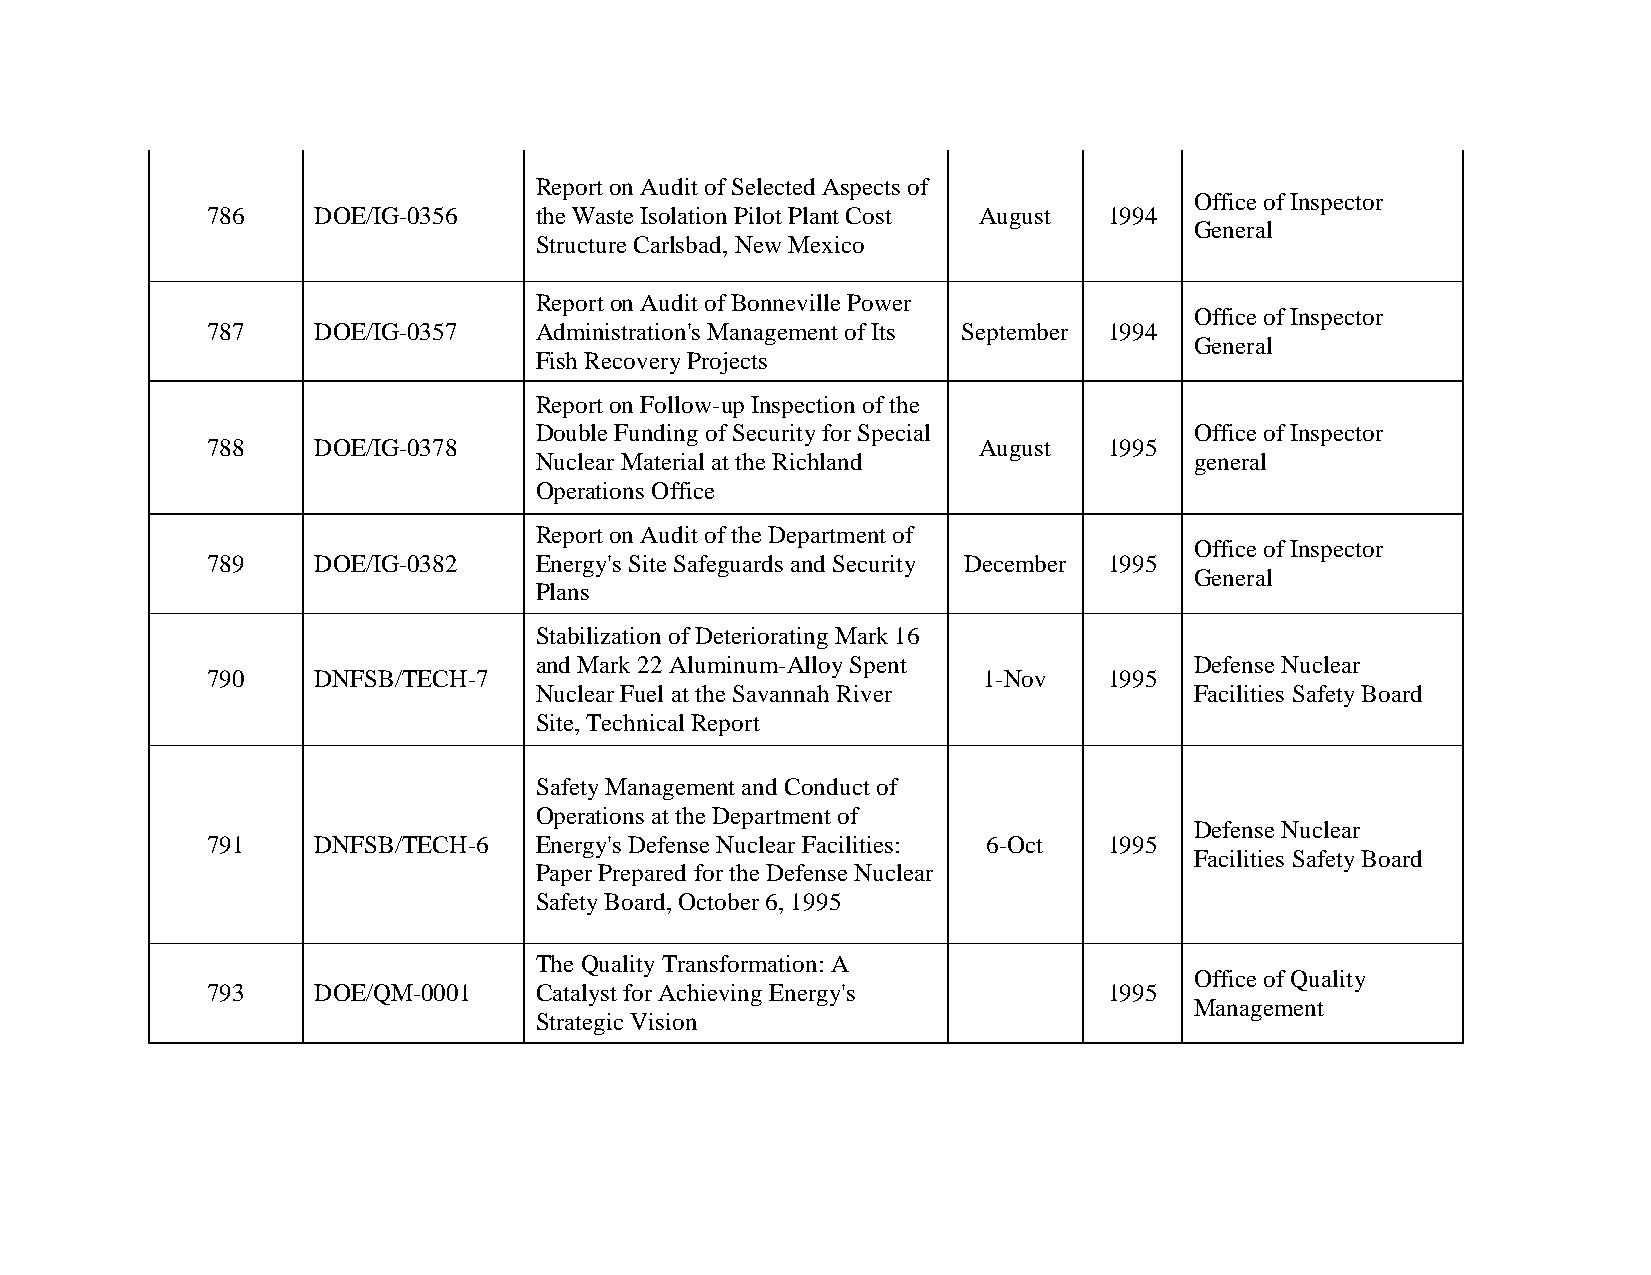
Report on Audit of Selected Aspects of
 Office of Inspector
 786    DOE/IG-0356   the Waste Isolation Pilot Plant Cost August 1994
 General
 Structure Carlsbad, New Mexico
 Report on Audit of Bonneville Power
 Office of Inspector
 787    DOE/IG-0357   Administration's Management of Its September 1994
 General
 Fish Recovery Projects
 Report on Follow-up Inspection of the
 Double Funding of Security for Special      Office of Inspector
 788    DOE/IG-0378                                 August  1995
 Nuclear Material at the Richland            general
 Operations Office
 Report on Audit of the Department of
 Office of Inspector
 789    DOE/IG-0382   Energy's Site Safeguards and Security December 1995
 General
 Plans
 Stabilization of Deteriorating Mark 16
 and Mark 22 Aluminum-Alloy Spent            Defense Nuclear
 790    DNFSB/TECH-7                                1-Nov   1995
 Nuclear Fuel at the Savannah River          Facilities Safety Board
 Site, Technical Report
 Safety Management and Conduct of
 Operations at the Department of
 Defense Nuclear
 791    DNFSB/TECH-6  Energy's Defense Nuclear Facilities: 6-Oct 1995
 Facilities Safety Board
 Paper Prepared for the Defense Nuclear
 Safety Board, October 6, 1995
 The Quality Transformation: A
 Office of Quality
 793    DOE/QM-0001   Catalyst for Achieving Energy's       1995
 Management
 Strategic Vision